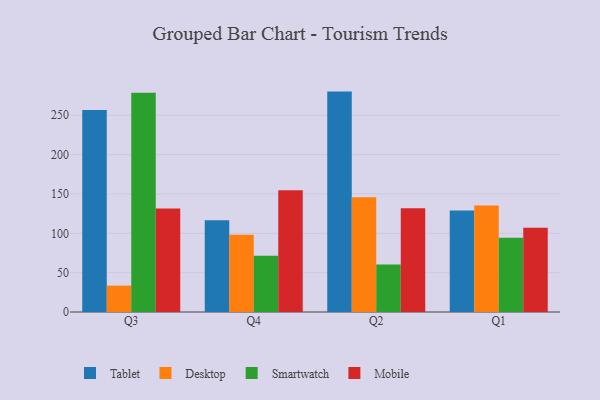
{"axis": {"x": "Quarter", "y": "Conversion Rate (%)"}, "legend": ["Desktop", "Mobile", "Smartwatch", "Tablet"], "data": [{"x": "Q3", "y": 256.7, "type": "Tablet"}, {"x": "Q3", "y": 33.5, "type": "Desktop"}, {"x": "Q3", "y": 278.7, "type": "Smartwatch"}, {"x": "Q3", "y": 131.6, "type": "Mobile"}, {"x": "Q4", "y": 116.5, "type": "Tablet"}, {"x": "Q4", "y": 98.1, "type": "Desktop"}, {"x": "Q4", "y": 71.6, "type": "Smartwatch"}, {"x": "Q4", "y": 154.6, "type": "Mobile"}, {"x": "Q2", "y": 280.1, "type": "Tablet"}, {"x": "Q2", "y": 145.9, "type": "Desktop"}, {"x": "Q2", "y": 60.5, "type": "Smartwatch"}, {"x": "Q2", "y": 132.0, "type": "Mobile"}, {"x": "Q1", "y": 128.9, "type": "Tablet"}, {"x": "Q1", "y": 135.2, "type": "Desktop"}, {"x": "Q1", "y": 94.3, "type": "Smartwatch"}, {"x": "Q1", "y": 107.0, "type": "Mobile"}]}